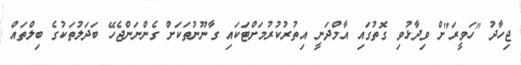
ޖިހާދު "ހަވީރަ"ށް ވިދާޅުވި ގޮތުގައި އާމްދަނީ އިތުރުކުރުމަށްޓަކައި ގާނޫނުތަކަށް ގެންނަންޖެހޭ ބަދަލުތަކުގެ ބިލްތައް